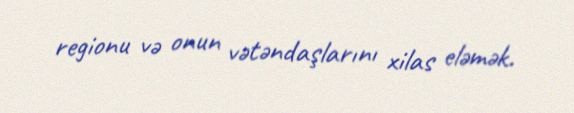
regionu və onun vətəndaşlarını xilas eləmək.